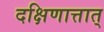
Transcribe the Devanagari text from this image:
दक्षिणात्तात्